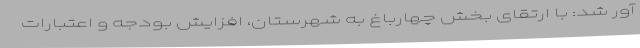
آور شد: با ارتقای بخش چهارباغ به شهرستان، افزایش بودجه و اعتبارات